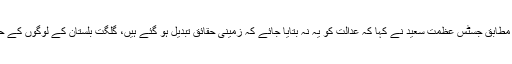
پاکستان ٹوئنٹی فور کے مطابق جسٹس عظمت سعید نے کہا کہ عدالت کو یہ نہ بتایا جائے کہ زمینی حقائق تبدیل ہو گئے ہیں، گلگت بلستان کے لوگوں کے حقوق کا تخفظ کریں گے۔